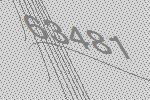
63481